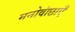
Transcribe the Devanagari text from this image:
मनोवांछाएँ